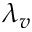
\lambda _ { v }